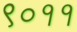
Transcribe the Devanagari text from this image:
९०११